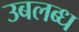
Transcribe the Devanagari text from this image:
उबलब्ध